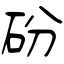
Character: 砏